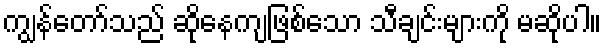
ကျွန်တော်သည် ဆိုနေကျဖြစ်သော သီချင်းများကို မဆိုပါ။